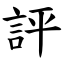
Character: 評